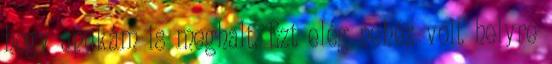
hogy apukám is meghalt. Ezt elég nehéz volt helyre